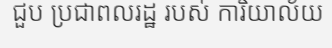
ជួប ប្រជាពលរដ្ឋ របស់ ការិយាល័យ